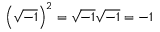
\left( { \sqrt { - 1 } } \right) ^ { 2 } = { \sqrt { - 1 } } { \sqrt { - 1 } } = - 1